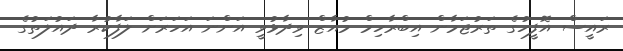
ރައީސް އޮފީހުގެ ތަރުޖަމާން އިބްރާހިމް މުއާޒް ވިދާޅުވީ އަންނަ އަހަރަށް ލަފާކުރާ ދައުލަތުގެ